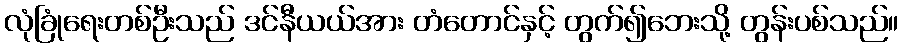
လုံခြုံရေးတစ်ဦးသည် ဒင်နီယယ်အား တံတောင်နှင့် တွက်၍ဘေးသို့ တွန်းပစ်သည်။